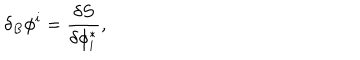
\delta _ { B } \phi ^ { i } = \frac { \delta S } { \delta \phi _ { i } ^ { * } } ,